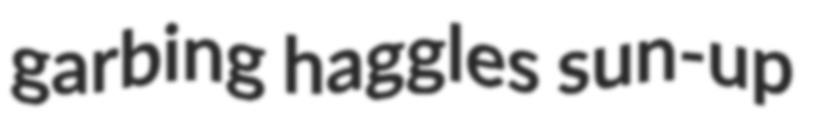
garbing haggles sun-up